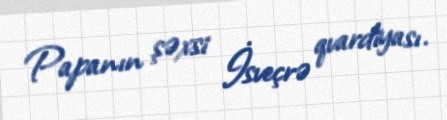
Papanın şəxsi İsveçrə qvardiyası.